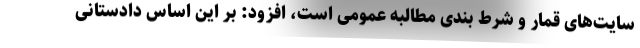
سایت‌های قمار و شرط بندی مطالبه عمومی است، افزود: بر این اساس دادستانی